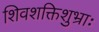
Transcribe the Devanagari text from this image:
शिवशक्तिशुभ्राः